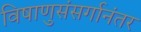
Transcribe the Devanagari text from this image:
विषाणुसंसर्गानंतर